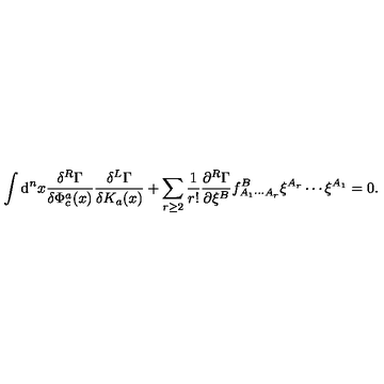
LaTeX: \int \mathrm { d } ^ { n } x \frac { \delta ^ { R } \Gamma } { \delta \Phi _ { c } ^ { a } ( x ) } \frac { \delta ^ { L } \Gamma } { \delta K _ { a } ( x ) } + \sum _ { r \geq 2 } \frac 1 { r ! } \frac { \partial ^ { R } \Gamma } { \partial \xi ^ { B } } f _ { A _ { 1 } \cdots A _ { r } } ^ { B } \xi ^ { A _ { r } } \cdots \xi ^ { A _ { 1 } } = 0 .